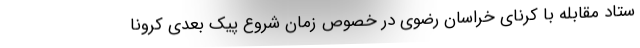
ستاد مقابله با کرنای خراسان رضوی در خصوص زمان شروع پیک بعدی کرونا